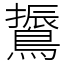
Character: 䳲